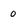
Character: 0